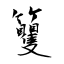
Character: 籰